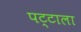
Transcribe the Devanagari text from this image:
पट्टाला